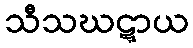
သီသဃဋ္ဋာယ